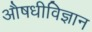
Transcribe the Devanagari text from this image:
औषधीविज्ञान